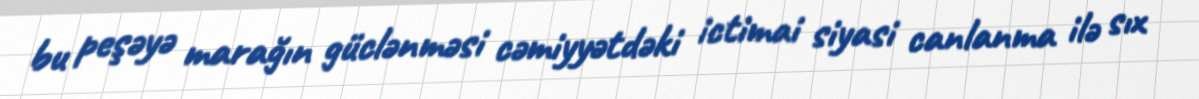
bu peşəyə marağın güclənməsi cəmiyyətdəki ictimai siyasi canlanma ilə sıx